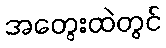
အတွေးထဲတွင်